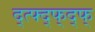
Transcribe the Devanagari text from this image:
द्त्फ्द्फ्द्फ्